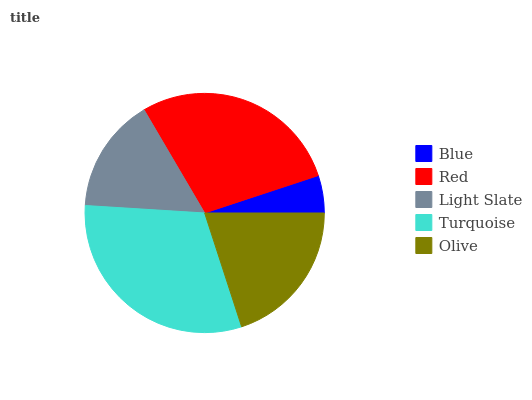
| Blue | Red | Light Slate | Turquoise | Olive |
 | --- | --- | --- | --- | --- |
 | 5.06% | 28.3% | 15.5% | 31% | 20% |